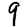
Digit: 9